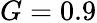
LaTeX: G=0.9